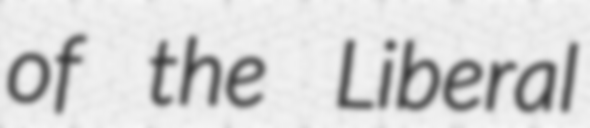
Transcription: of the Liberal